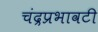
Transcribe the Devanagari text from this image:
चंद्रप्रभावटी